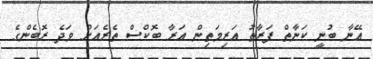
އޭނާ ބުނީ ކަނާތް ފަރާތު އަރިމަތިން އަރާ ބޮކްސް ތެރެއަށް ވަދެ ރޮބެންގެ